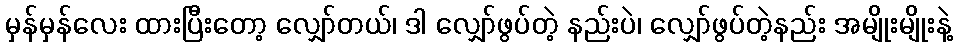
မှန်မှန်လေး ထားပြီးတော့ လျှော်တယ်၊ ဒါ လျှော်ဖွပ်တဲ့ နည်းပဲ၊ လျှော်ဖွပ်တဲ့နည်း အမျိုးမျိုးနဲ့